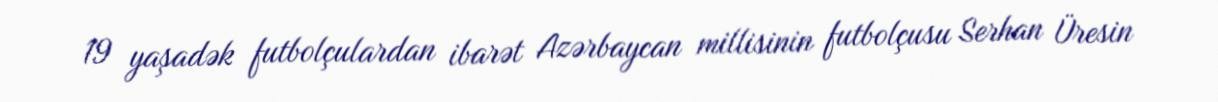
19 yaşadək futbolçulardan ibarət Azərbaycan millisinin futbolçusu Serhan Üresin